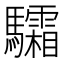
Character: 驦